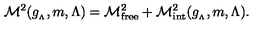
{ \cal M } ^ { 2 } ( g _ { _ { \Lambda } } , m , \Lambda ) = { \cal M } _ { \mathrm { f r e e } } ^ { 2 } + { \cal M } _ { \mathrm { i n t } } ^ { 2 } ( g _ { _ { \Lambda } } , m , \Lambda ) .